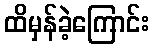
ထိမှန်ခဲ့ကြောင်း